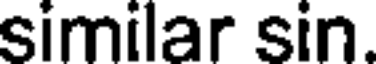
similar sin.